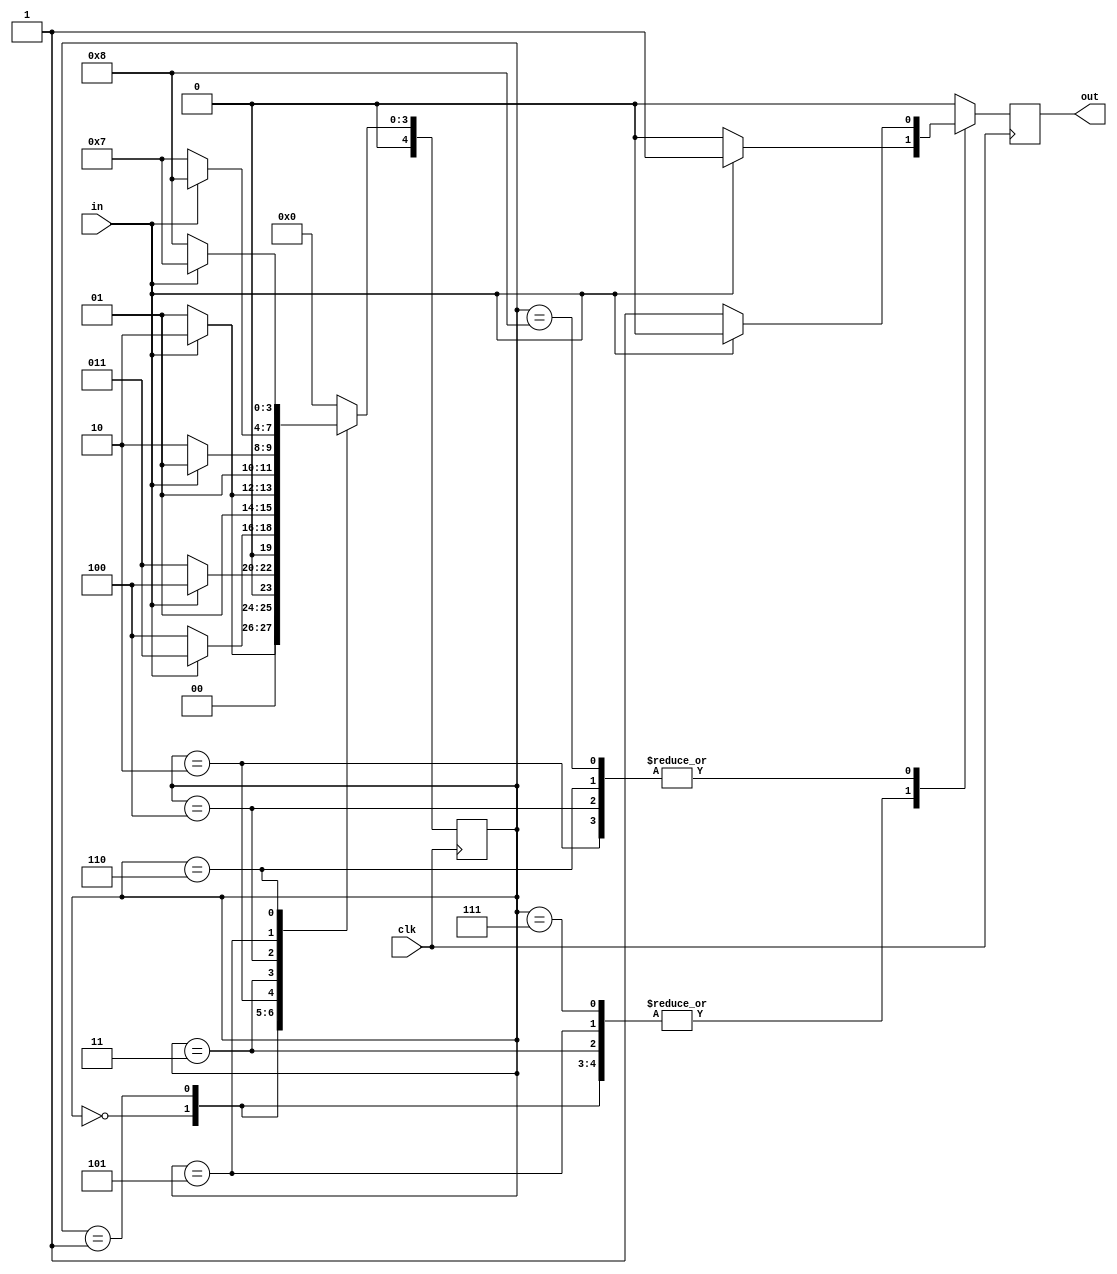
module gray_bin_5bit_fsm(
    input clk, in,
    output reg out
    );
    
    parameter s0=0, s1=1, s2=2, s3=3, s4=4, s5=5, s6=6, s7=7, s8=8;
    
    reg [4:0] state;
    
    always @ (posedge clk) begin
    
        case(state)
            s0: state <= in ? s2 : s1;
            s1: state <= in ? s4 : s3;
            s2: state <= in ? s3 : s4;
            s3: state <= in ? s6 : s5;
            s4: state <= in ? s5 : s6;
            s5: state <= in ? s8 : s7;
            s6: state <= in ? s7 : s8;
            s7: state <= s0;
            s8: state <= s0;
            default: state <= s0;
        endcase
        
        case(state)
            s0: out <= in ? 1 : 0;
            s1: out <= in ? 1 : 0;
            s2: out <= in ? 0 : 1;
            s3: out <= in ? 1 : 0;
            s4: out <= in ? 0 : 1;
            s5: out <= in ? 1 : 0;
            s6: out <= in ? 0 : 1;
            s7: out <= in ? 1 : 0;
            s8: out <= in ? 0 : 1;
            default: out <= 0;         
        endcase  
       // $monitor(state, out); 
    end
    
endmodule